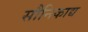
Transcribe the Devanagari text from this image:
सौनिकाद्य